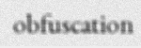
obfuscation